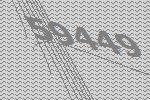
59449